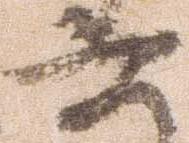
六